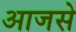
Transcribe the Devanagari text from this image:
आजसे